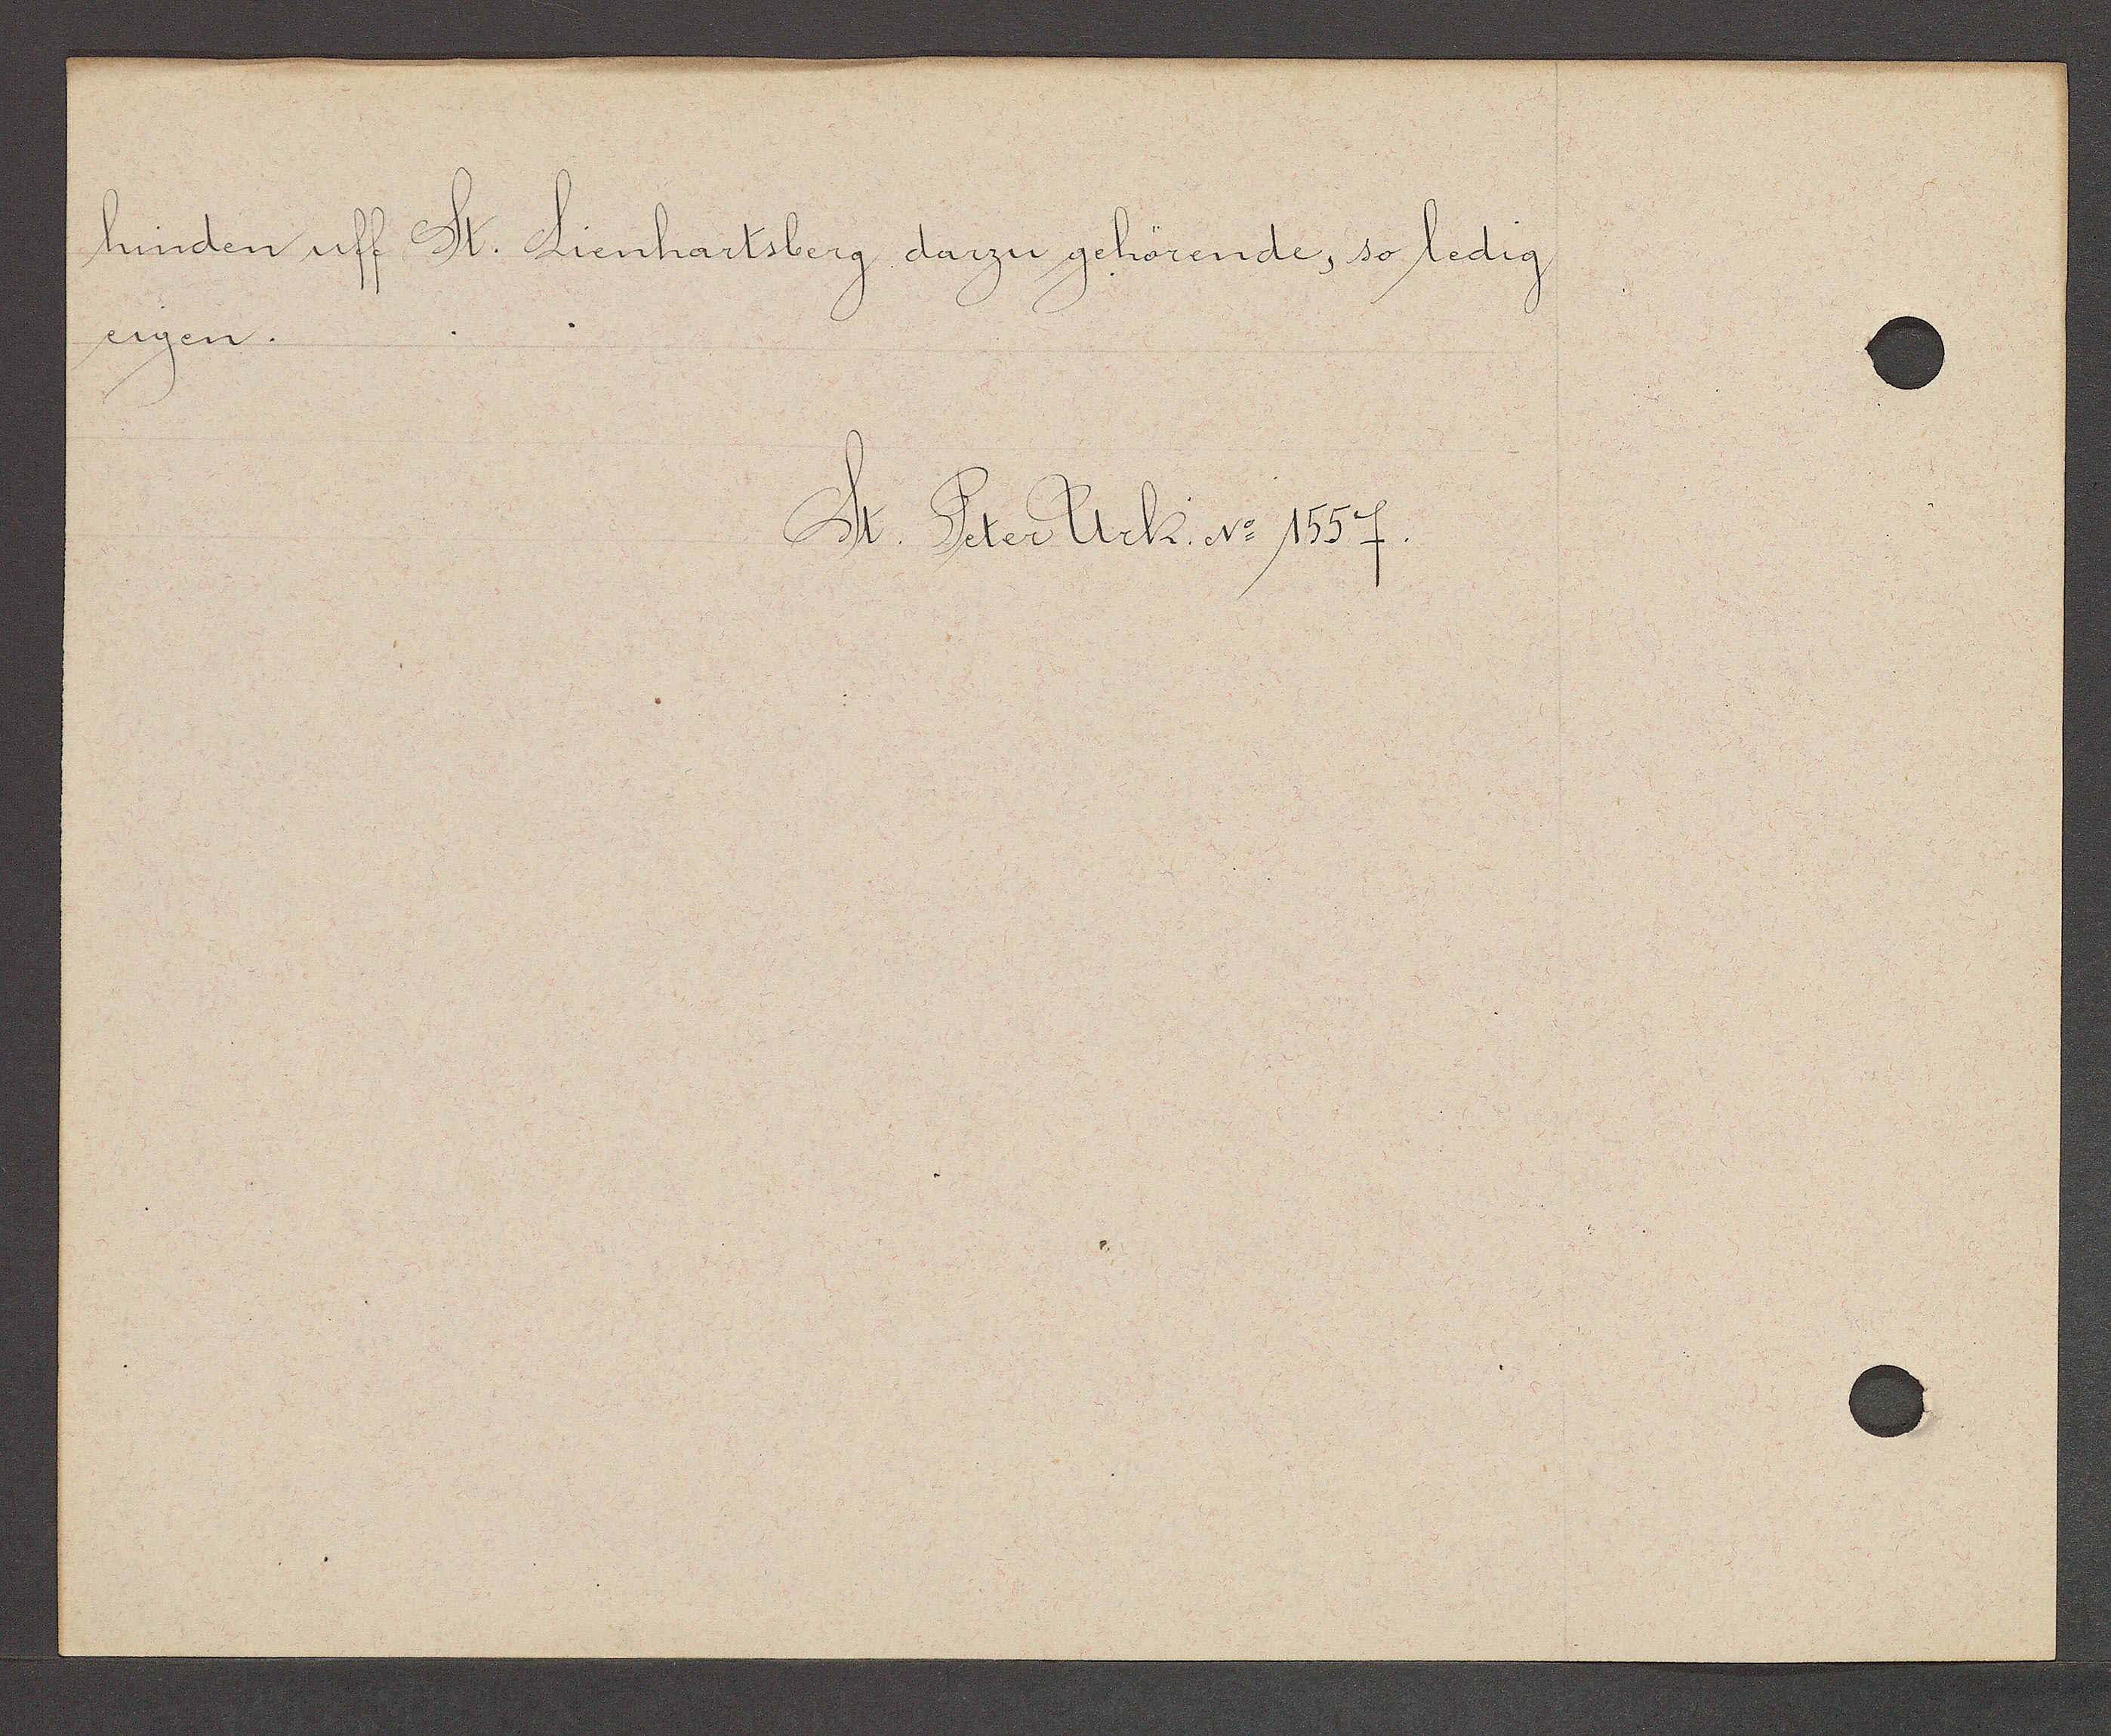
Transcript:
hinden uff St. Lienhartsberg darzu gehörende, so ledig
eigen.

St. Peter Urk. No 1557.